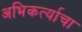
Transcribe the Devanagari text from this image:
अभिकर्त्याचा